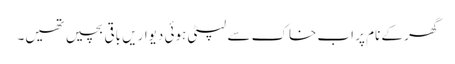
گھر کے نام پر اب خاک سے لپٹی ہوئی دیواریں باقی بچیں تھیں۔